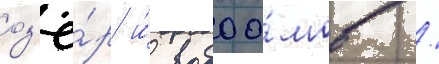
оз'ё́р и́ водоо́мов /